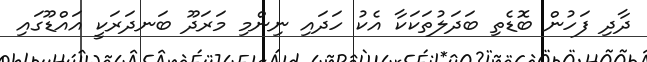
ދާދި ފަހުން ބޮޑެތި ބަދަލުތަކަކާ އެކު ހަދައި ނިންމި މަރަދޫ ބަނދަރަކީ އައްޑޫގައި